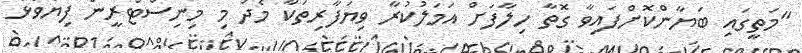
"މަތީގައި ބަޔާންކޮށްފައިވާ ގޮތާ ހިލާފަށް އަމަލުކުރާ ވިޔަފާރިތަކާ މެދު މި މިނިސްޓްރީން ފިޔަވަޅު